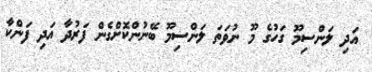
އަދި ލަންސިމޫ ގަހުގެ މޫ ނުވަތަ ލަންސިމޫ ބޭނުންކޮށްގެން ފަރުދާ އަދި ފަންކާ